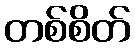
တစ်စိတ်